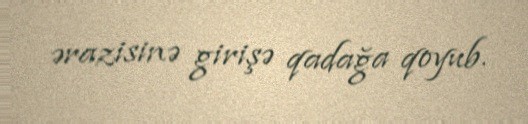
ərazisinə girişə qadağa qoyub.